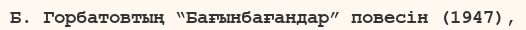
Б. Горбатовтың “Бағынбағандар” повесін (1947),